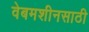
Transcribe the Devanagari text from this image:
वेबमशीनसाठी